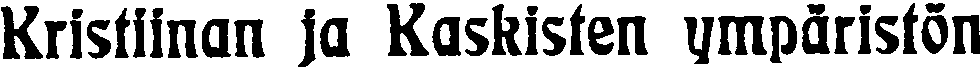
Kristiinan ja Kaskisten ympäristön